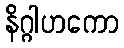
နိဂ္ဂါဟကော